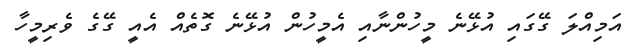
އަމިއްލަ ގޭގައި އުޅޭނެ މީހުންނާއި އެމީހުން އުޅޭނެ ގޮތެއް އެއީ ގޭގެ ވެރިމީހާ